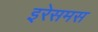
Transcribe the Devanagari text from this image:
इरेसमस